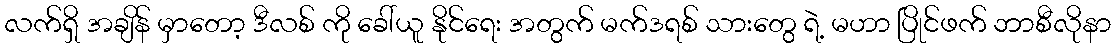
လက်ရှိ အချိန် မှာတော့ ဒီလစ် ကို ခေါ်ယူ နိုင်ရေး အတွက် မက်ဒရစ် သားတွေ ရဲ့ မဟာ ပြိုင်ဖက် ဘာစီလိုနာ